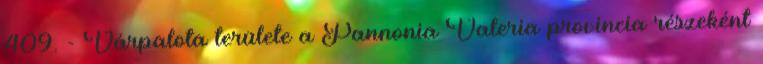
409. - Várpalota területe a Pannonia Valeria provincia részeként